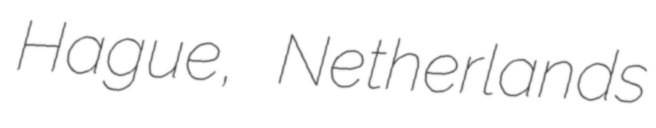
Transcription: Hague, Netherlands